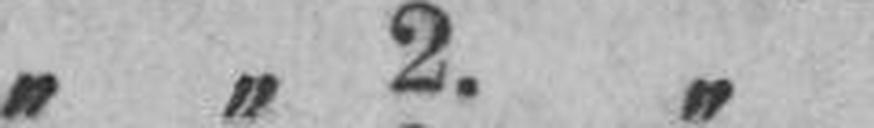
„ „ 2. „